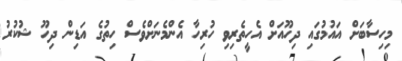
މިހިސާބަށް އައުމުގައި ދިހޫއަށް އެހީތެރިވި ހުރިހާ އެންމެނަށްވެސް ހިތުގެ އަޑިން ދިހޫ ޝުކުރު